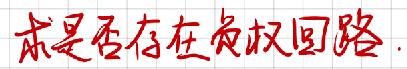
求是否存在负权回路.